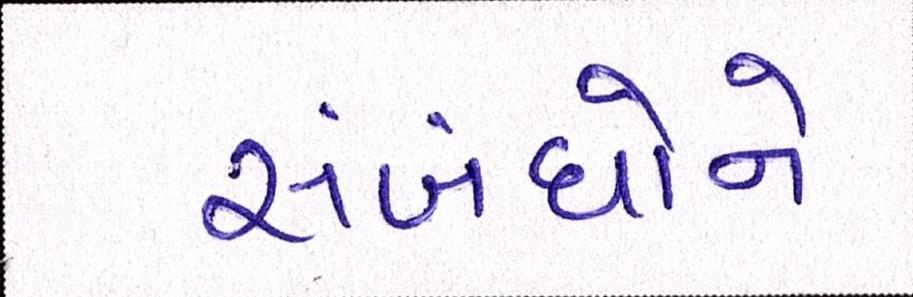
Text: સંબંધોને